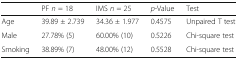
|  | PF n = 18 | IMS n = 25 | p-Value | Test |
 | --- | --- | --- | --- | --- |
 | Age | 39.89 ± 2.739 | 34.36 ± 1.977 | 0.4575 | Unpaired T test |
 | Male | 27.78% (5) | 60.00% (10) | 0.5226 | Chi-square test |
 | Smoking | 38.89% (7) | 48.00% (12) | 0.5528 | Chi-square test |